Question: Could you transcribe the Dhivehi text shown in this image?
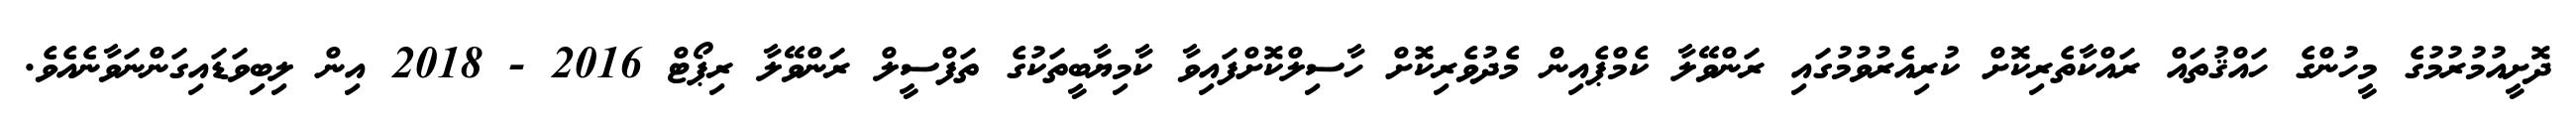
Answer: ދޮށީއުމުރުމުގެ މީހުންގެ ހައްޤުތައް ރައްކާތެރިކޮށް ކުރިއެރުވުމުގައި ރަންވޭލާ ކެމްޕެއިން މެދުވެރިކޮށް ހާސިލްކޮށްފައިވާ ކާމިޔާބީތަކުގެ ތަފްސީލް ރަންވޭލާ ރިޕޯޓް 2016 - 2018 އިން ލިބިވަޑައިގަންނަވާނެއެވެ.